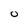
Character: O